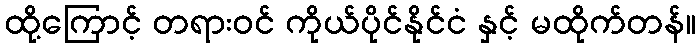
ထို့ကြောင့် တရားဝင် ကိုယ်ပိုင်နိုင်ငံ နှင့် မထိုက်တန်။